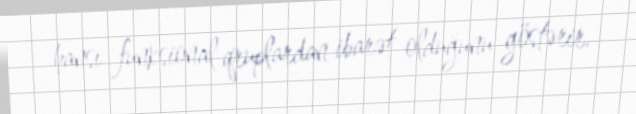
hansı funksional qruplardan ibarət olduğunu göstərir.